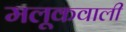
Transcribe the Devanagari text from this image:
मलूकवाली